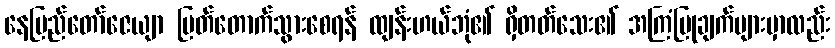
နေပြည်တော်ဇေယျာ ပြတ်တောက်သွားစေရန် ထျန်းဟယ်ဘုံ၏ ရှိတတ်သေး၏ အကြံပြုချက်များမှာလည်း